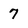
Character: 7